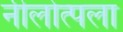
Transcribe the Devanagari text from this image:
नीलोत्पला